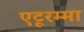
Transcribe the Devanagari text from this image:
एटूरम्मा